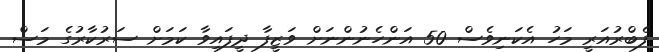
ފެބްރުއަރީ މަހު އެކަނިވެސް 50 އަންހެނުންނަށް ވަޒީފާ ދީފައިވާ ކަމަށް ސަރުކާރުގެ މަސް